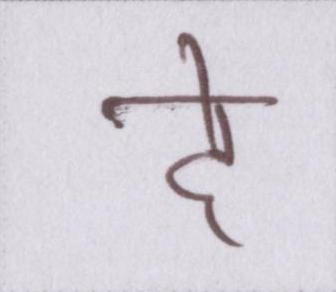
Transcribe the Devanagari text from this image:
दे